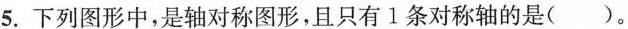
5.下列图形中，是轴对称图形，且只有1条对称轴的是()。